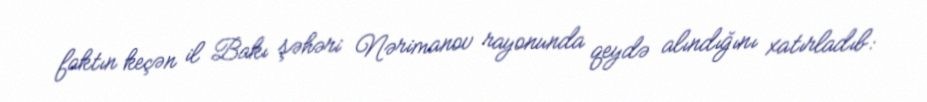
faktın keçən il Bakı şəhəri Nərimanov rayonunda qeydə alındığını xatırladıb: